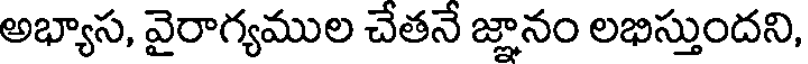
అభ్యాస, వైరాగ్యముల చేతనే జ్ఞానం లభిస్తుందని,